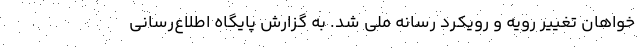
خواهان تغییر رویه و رویکرد رسانه ملی شد. به گزارش پایگاه اطلاع‌رسانی